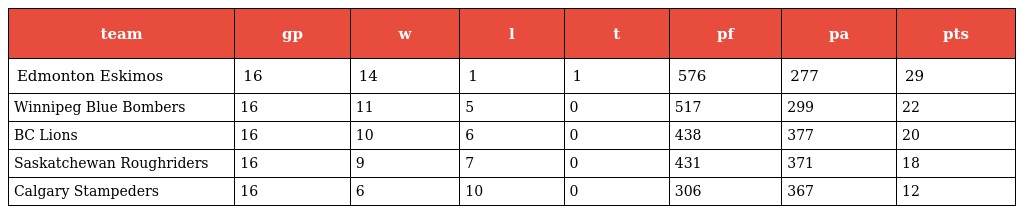
| team | gp | w | l | t | pf | pa | pts |
 | --- | --- | --- | --- | --- | --- | --- | --- |
 | Edmonton Eskimos | 16 | 14 | 1 | 1 | 576 | 277 | 29 |
 | Winnipeg Blue Bombers | 16 | 11 | 5 | 0 | 517 | 299 | 22 |
 | BC Lions | 16 | 10 | 6 | 0 | 438 | 377 | 20 |
 | Saskatchewan Roughriders | 16 | 9 | 7 | 0 | 431 | 371 | 18 |
 | Calgary Stampeders | 16 | 6 | 10 | 0 | 306 | 367 | 12 |